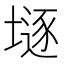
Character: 𡐌